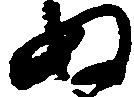
ぬ